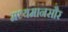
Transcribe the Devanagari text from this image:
मध्यमानसौर